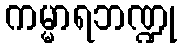
ကမ္မာရဘဏ္ဍု